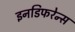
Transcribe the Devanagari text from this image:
इनडिफरेन्स